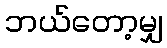
ဘယ်တော့မျှ